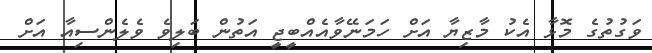
ވަގުތުގެ މޮޅާ އެކު މާޒިޔާ އަށް ހަމަނޭވާއެއްބީޖީ އަތުން ބަލިވެ ވެލެންސިއާ އަށް